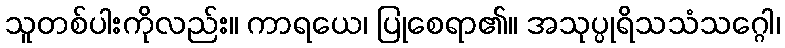
သူတစ်ပါးကိုလည်း။ ကာရယေ၊ ပြုစေရာ၏။ အသုပ္ပုရိသသံသဂ္ဂေါ၊